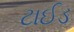
ટાઈડ